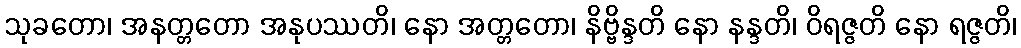
သုခတော၊ အနတ္တတော အနုပဿတိ၊ နော အတ္တတော၊ နိဗ္ဗိန္ဒတိ နော နန္ဒတိ၊ ဝိရဇ္ဇတိ နော ရဇ္ဇတိ၊